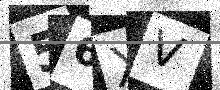
Text: 56XV